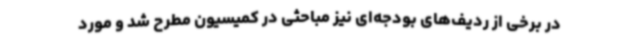
در برخی از ردیف‌های بودجه‌ای نیز مباحثی در کمیسیون مطرح شد و مورد